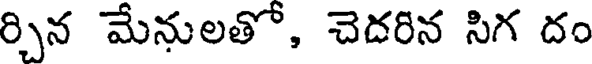
ర్చిన మేనులతో, చెదరిన సిగ దం